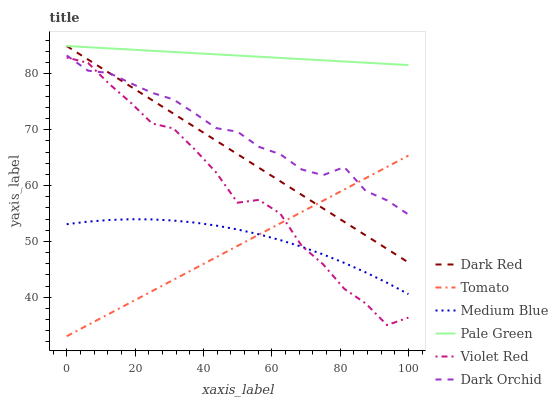
| xaxis_label | Dark Red | Tomato | Medium Blue | Pale Green | Violet Red | Dark Orchid |
 | --- | --- | --- | --- | --- | --- | --- |
 | 0 | 85 | 33 | 53.1 | 85 | 82.9 | 83.3 |
 | 6.25 | 82.6 | 35 | 53.5 | 84.8 | 82 | 80.6 |
 | 12.5 | 80.2 | 37 | 53.8 | 84.6 | 78.2 | 80.2 |
 | 18.8 | 77.7 | 39.1 | 54 | 84.4 | 74.9 | 78.3 |
 | 25 | 75.3 | 41.1 | 53.9 | 84.1 | 71.1 | 76.6 |
 | 31.2 | 72.9 | 43.1 | 53.7 | 83.9 | 70.2 | 75.4 |
 | 37.5 | 70.5 | 45.1 | 53.4 | 83.7 | 66.5 | 72.9 |
 | 43.8 | 68 | 47.2 | 52.8 | 83.5 | 62.3 | 70.3 |
 | 50 | 65.6 | 49.2 | 52.1 | 83.3 | 56.9 | 69.6 |
 | 56.2 | 63.2 | 51.2 | 51.3 | 83.1 | 57.4 | 66.9 |
 | 62.5 | 60.8 | 53.2 | 50.2 | 82.9 | 55 | 65.6 |
 | 68.8 | 58.3 | 55.3 | 49 | 82.7 | 49.2 | 62.9 |
 | 75 | 55.9 | 57.3 | 47.7 | 82.4 | 45.9 | 61.9 |
 | 81.2 | 53.5 | 59.3 | 46.1 | 82.2 | 41.5 | 63.3 |
 | 87.5 | 51.1 | 61.3 | 44.4 | 82 | 38.9 | 59 |
 | 93.8 | 48.6 | 63.3 | 42.6 | 81.8 | 35 | 57.3 |
 | 100 | 46.2 | 65.4 | 40.6 | 81.6 | 36.3 | 54.8 |